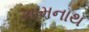
ખામનાથ